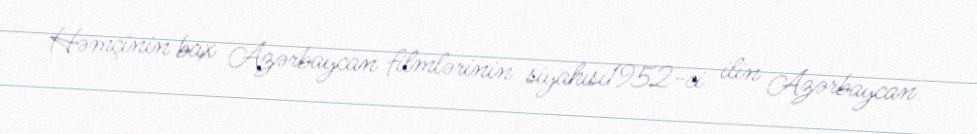
Həmçinin bax Azərbaycan filmlərinin siyahısı1952-ci ilin Azərbaycan